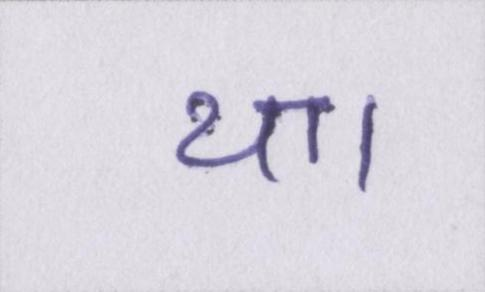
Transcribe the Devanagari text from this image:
था।